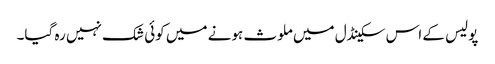
پولیس کے اس سکینڈل میں ملوث ہونے میں کوئی شک نہیں رہ گیا۔